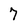
Character: 7